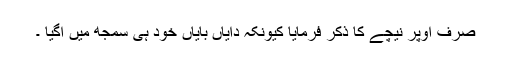
صرف اوپر نیچے کا ذکر فرمایا کیونکہ دایاں بایاں خود ہی سمجھ میں آگیا ۔